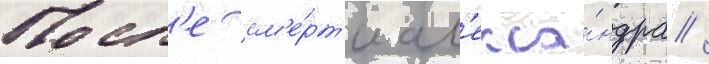
Посл'е см'е́рт'и ал'екса́ндра /